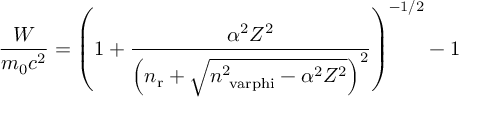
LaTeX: { \frac { W } { m _ { \mathrm { 0 } } c ^ { 2 } } } = \left( 1 + { \frac { \alpha ^ { 2 } Z ^ { 2 } } { \left( n _ { \mathrm { r } } + { \sqrt { n _ { \mathrm { \ v a r p h i } } ^ { 2 } - \alpha ^ { 2 } Z ^ { 2 } } } \right) ^ { 2 } } } \right) ^ { - 1 / 2 } - 1